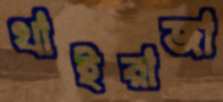
থাইরাজা